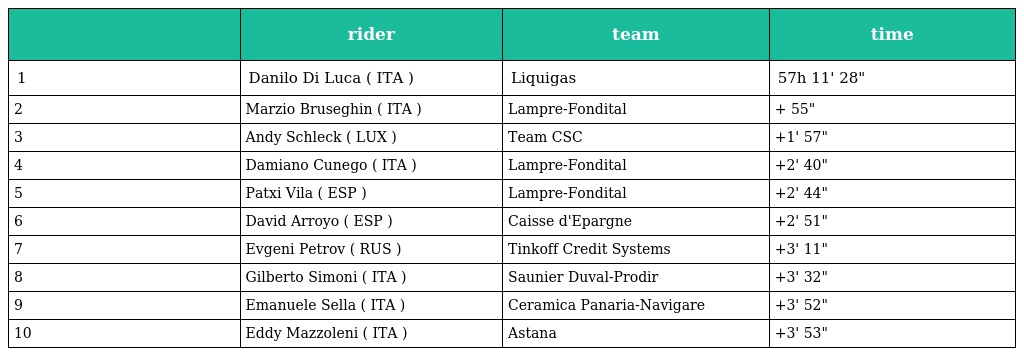
|  | rider | team | time |
 | --- | --- | --- | --- |
 | 1 | Danilo Di Luca ( ITA ) | Liquigas | 57h 11' 28" |
 | 2 | Marzio Bruseghin ( ITA ) | Lampre-Fondital | + 55" |
 | 3 | Andy Schleck ( LUX ) | Team CSC | +1' 57" |
 | 4 | Damiano Cunego ( ITA ) | Lampre-Fondital | +2' 40" |
 | 5 | Patxi Vila ( ESP ) | Lampre-Fondital | +2' 44" |
 | 6 | David Arroyo ( ESP ) | Caisse d'Epargne | +2' 51" |
 | 7 | Evgeni Petrov ( RUS ) | Tinkoff Credit Systems | +3' 11" |
 | 8 | Gilberto Simoni ( ITA ) | Saunier Duval-Prodir | +3' 32" |
 | 9 | Emanuele Sella ( ITA ) | Ceramica Panaria-Navigare | +3' 52" |
 | 10 | Eddy Mazzoleni ( ITA ) | Astana | +3' 53" |